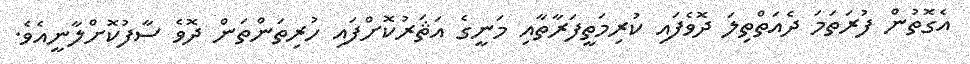
އެގޮތުން ފުރަތަމަ ދެއަތްތިލަ ދޮވެފައި ކުރިމަތީފަރާތާއި މަނީގެ އަޘަރުކޮށްފައި ހުރިތަންތަން ދޮވެ ސާފުކޮށްލާނީއެވެ.